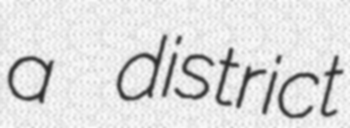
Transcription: a district